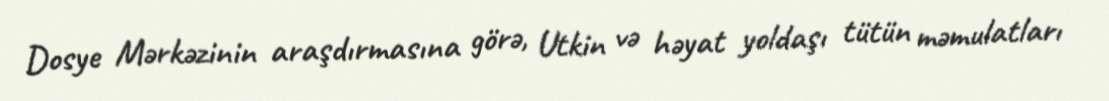
Dosye Mərkəzinin araşdırmasına görə, Utkin və həyat yoldaşı tütün məmulatları